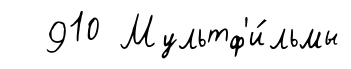
910 Мультф'и́льмы